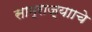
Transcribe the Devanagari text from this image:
साम्राज्यााचे